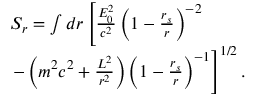
\begin{array} { l } { S _ { r } = \int d r \left[ \frac { { \cal { E } } _ { 0 } ^ { 2 } } { c ^ { 2 } } \left( 1 - \frac { r _ { s } } { r } \right) ^ { - 2 } \right. } \\ { \left. - \left( m ^ { 2 } c ^ { 2 } + \frac { { \cal { L } } ^ { 2 } } { r ^ { 2 } } \right) \left( 1 - \frac { r _ { s } } { r } \right) ^ { - 1 } \right] ^ { 1 / 2 } . } \end{array}